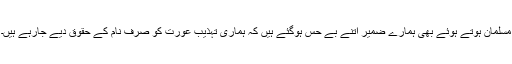
مسلمان ہوتے ہوئے بھی ہمارے ضمیر اتنے بے حس ہوگئے ہیں کہ ہماری تہذیب عورت کو صرف نام کے حقوق دیے جارہے ہیں۔